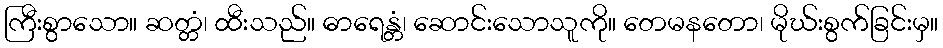
ကြီးစွာသော။ ဆတ္တံ၊ ထီးသည်။ ဓာရေန္တံ၊ ဆောင်းသောသူကို။ တေမနတော၊ မိုဃ်းစွက်ခြင်းမှ။